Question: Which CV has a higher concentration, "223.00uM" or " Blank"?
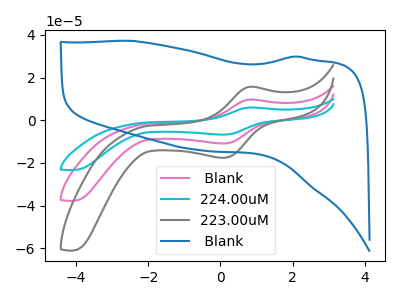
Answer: <think>The pink curve " Blank" has an anodic peak at (0.80V, 9.70uA) and a cathodic peak at (0.10V, -10.85uA). The cyan curve "224.00uM" has an anodic peak at (0.80V, 19.40uA) and a cathodic peak at (0.10V, -21.70uA). The gray curve "223.00uM" has an anodic peak at (0.80V, 15.70uA) and a cathodic peak at (0.10V, -17.60uA). The blue curve " Blank" has no peaks.
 All the peaks in "223.00uM" have a peak in " Blank" at the same potential. Every peak in "223.00uM" is higher than every peak in " Blank".</think>
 <answer>"223.00uM" has more signal than " Blank" and so likely has a higher concentration.</answer>
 <eval>more_concentration</eval>